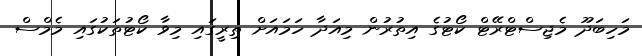
މަހިބަދޫ މެޖިސްޓްރޭޓް ކޯޓުގެ އިތުރުން މިއަދާ ހަމައަށް ތިރީގައި މިވާ ކޯޓުތަކުގައި މެމްސް